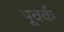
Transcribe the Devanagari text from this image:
पूवर्क